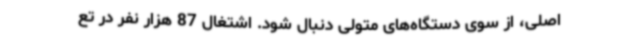
اصلی، از سوی دستگاه‌های متولی دنبال شود. اشتغال 87 هزار نفر در تع